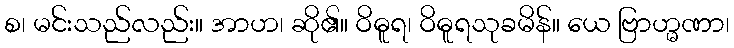
စ၊ မင်းသည်လည်း။ အာဟ၊ ဆို၏။ ဝိဓူရ၊ ဝိဓူရသုခမိန်။ ယေ ဗြာဟ္မဏာ၊